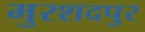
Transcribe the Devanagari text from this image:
मुरशदपुर